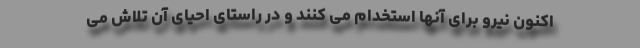
اکنون نیرو برای آنها استخدام می کنند و در راستای احیای آن تلاش می